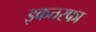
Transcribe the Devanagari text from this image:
इकतरफा